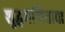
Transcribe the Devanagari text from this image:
शुद्धगणिताचा